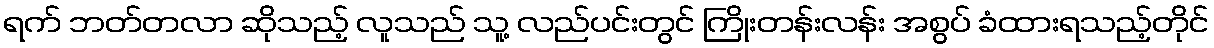
ရက် ဘတ်တလာ ဆိုသည့် လူသည် သူ့ လည်ပင်းတွင် ကြိုးတန်းလန်း အစွပ် ခံထားရသည့်တိုင်